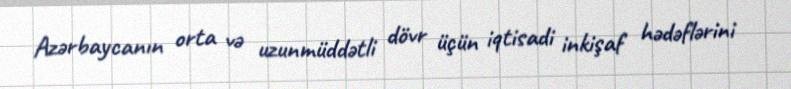
Azərbaycanın orta və uzunmüddətli dövr üçün iqtisadi inkişaf hədəflərini